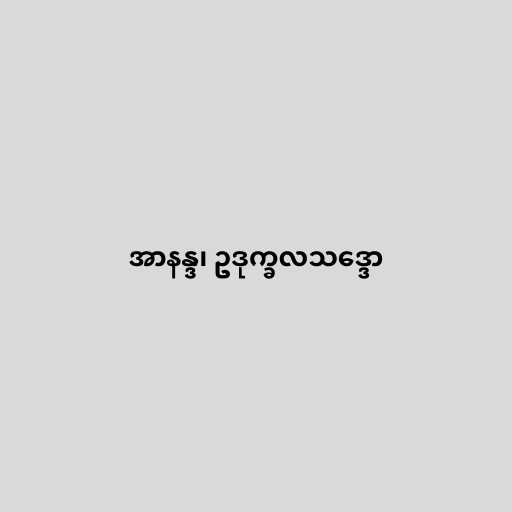
အာနန္ဒ၊ ဥဒုက္ခလသဒ္ဒော